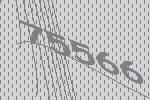
75566